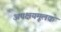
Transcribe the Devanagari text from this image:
अपक्षयमूलक